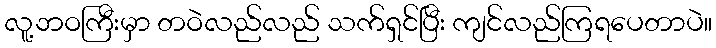
လူ့ဘဝကြီးမှာ တဝဲလည်လည် သက်ရှင်ပြီး ကျင်လည်ကြရပေတာပဲ။